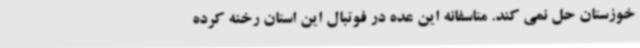
خوزستان حل نمی کند. متاسفانه این عده در فوتبال این استان رخنه کرده